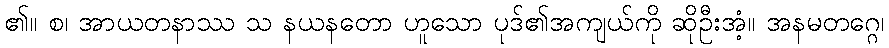
၏။ စ၊ အာယတနာဿ သ နယနတော ဟူသော ပုဒ်၏အကျယ်ကို ဆိုဦးအံ့။ အနမတဂ္ဂေ၊